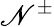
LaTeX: \mathscr{N}^{\pm}